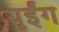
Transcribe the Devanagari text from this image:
युईंग